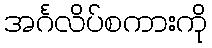
အင်္ဂလိပ်စကားကို